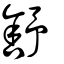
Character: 舒